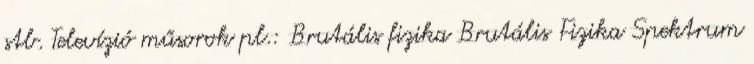
stb. Televízió műsorok pl.: Brutális fizika Brutális Fizika Spektrum